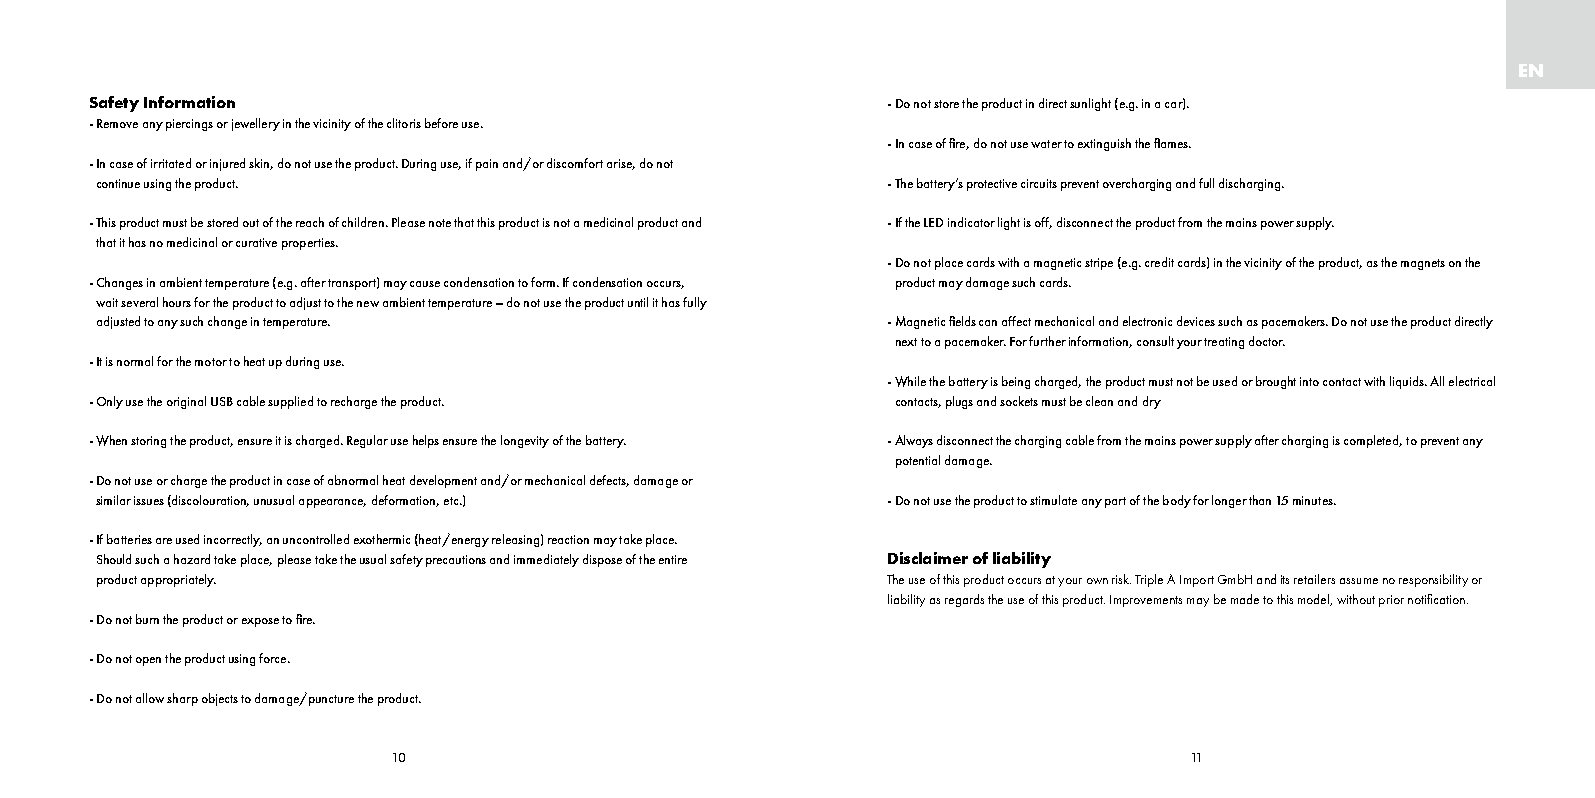
EN
 Safety Information                                   - D o not store the product in direct sunlight (e.g. in a car).
 - R emove any piercings or jewellery in the vicinity of the clitoris before use.
 - I n case of fire, do not use water to extinguish the flames.
 - I n case of irritated or injured skin, do not use the product. During use, if pain and/or discomfort arise, do not
 continue using the product.                          - T he battery’s protective circuits prevent overcharging and full discharging.
 - T his product must be stored out of the reach of children. Please note that this product is not a medicinal product and - I f the LED indicator light is off, disconnect the product from the mains power supply.
 that it has no medicinal or curative properties.
 - D o not place cards with a magnetic stripe (e.g. credit cards) in the vicinity of the product, as the magnets on the
 - C hanges in ambient temperature (e.g. after transport) may cause condensation to form. If condensation occurs, product may damage such cards.
 wait several hours for the product to adjust to the new ambient temperature – do not use the product until it has fully
 adjusted to any such change in temperature.          - M agnetic fields can affect mechanical and electronic devices such as pacemakers. Do not use the product directly
 next to a pacemaker. For further information, consult your treating doctor.
 - I t is normal for the motor to heat up during use.
 - While the battery is being charged, the product must not be used or brought into contact with liquids. All electrical
 - O nly use the original USB cable supplied to recharge the product. contacts, plugs and sockets must be clean and dry
 - W hen storing the product, ensure it is charged. Regular use helps ensure the longevity of the battery. - A lways disconnect the charging cable from the mains power supply after charging is completed, to prevent any
 potential damage.
 - D o not use or charge the product in case of abnormal heat development and/or mechanical defects, damage or
 similar issues (discolouration, unusual appearance, deformation, etc.) - D o not use the product to stimulate any part of the body for longer than 15 minutes.
 - I f batteries are used incorrectly, an uncontrolled exothermic (heat/energy releasing) reaction may take place.
 Should such a hazard take place, please take the usual safety precautions and immediately dispose of the entire Disclaimer of liability
 product appropriately.                               The use of this product occurs at your own risk. Triple A Import GmbH and its retailers assume no responsibility or
 liability as regards the use of this product. Improvements may be made to this model, without prior notification.
 - Do not burn the product or expose to fire.
 - Do not open the product using force.
 - D o not allow sharp objects to damage/puncture the product.
 10                                                   11